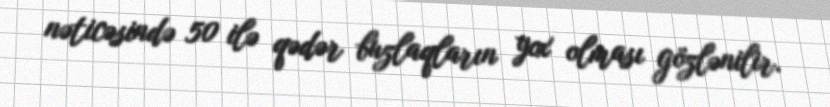
nəticəsində 50 ilə qədər buzlaqların yox olması gözlənilir.